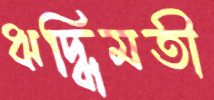
ঋদ্ধিমতী